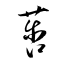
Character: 莟